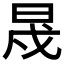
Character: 𣆭